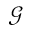
\mathcal { G }